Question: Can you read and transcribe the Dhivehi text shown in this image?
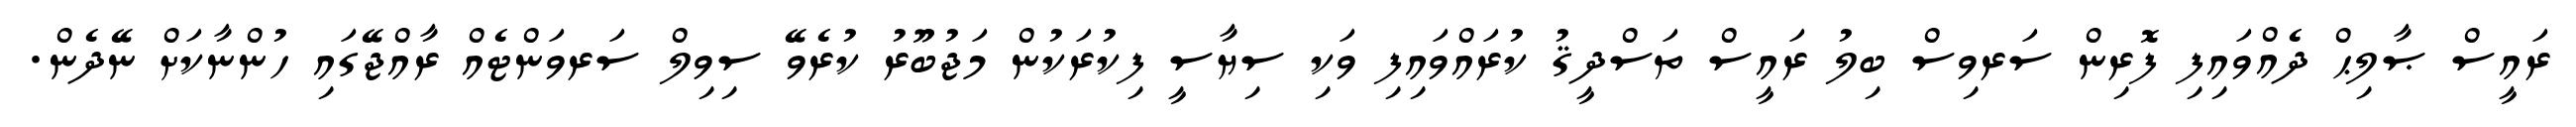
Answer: ރައީސް ޞާލިޙް ދެއްވައިފި ފޮރިން ސަރވިސް ބިލު ރައީސް ތަސްދީޤު ކުރައްވައިފި ވަކި ސިޔާސީ ފިކުރަކުން މަޖުބޫރު ކުރެވޭ ސިވިލް ސަރވަންޓެއް ރާއްޖޭގައި ހުންނާކަށް ނޭދެން.